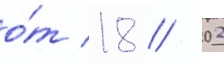
о́т 18 // 02